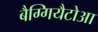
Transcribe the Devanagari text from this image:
बैग्गियैटोआ